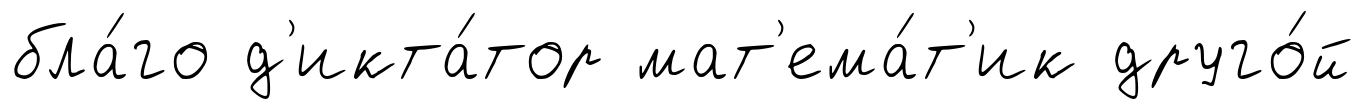
бла́го д'икта́тор мат'ема́т'ик друго́й